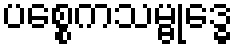
ပစ္စေကသမ္ဗုဒ္ဓေ